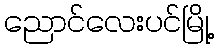
ညောင်လေးပင်မြို့